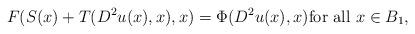
LaTeX: \begin{align*}F(S(x) + T(D^2u(x), x),x) = \Phi(D^2u(x), x) \textrm{for all } x \in B_1,\end{align*}